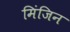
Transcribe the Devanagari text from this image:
मिंजिन